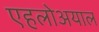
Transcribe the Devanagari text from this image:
एहलोअयाल